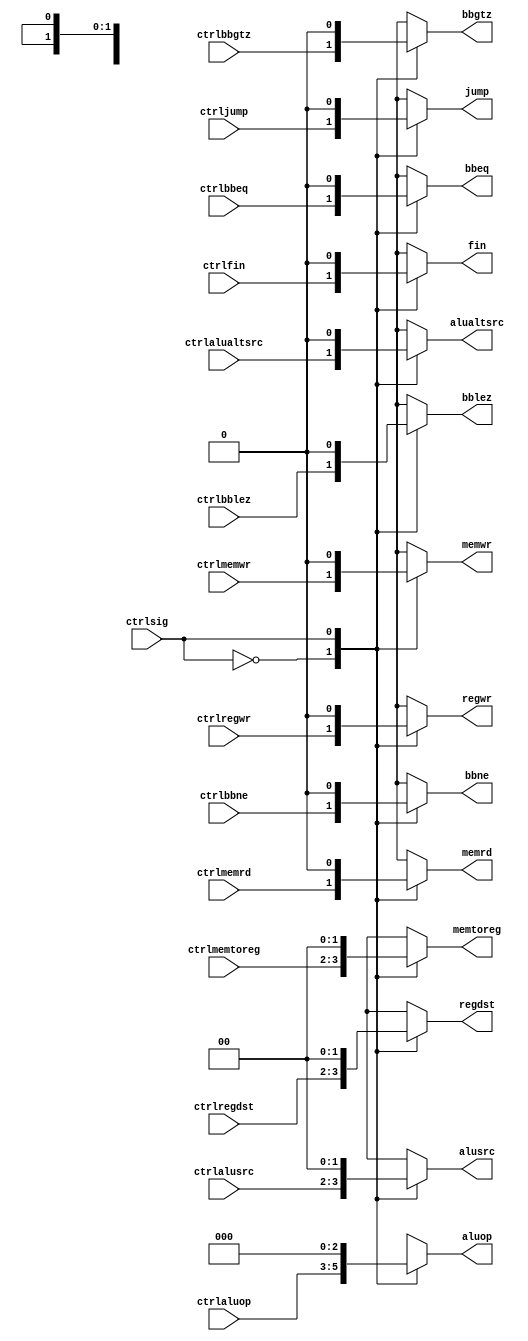
/*
* Function: this mux is placed between ID/EX pipeline register and control
* unit. The select pin is controled by hazard detection unit, by asserting
* and deasserting the select pin, the hazard detection unit can choose
* to use control signals produced by control unit, if everything is normal,
* or a NOP operation, if a bubble is required, insert a bubble will delay
* current instruction execution by 1 clock cycle.
* code | meaning
* 0    | use control signals from control unit
* 1    | use NOP operation
* 
* the select pin's name is CtrlSig.
*/

module ctrlsigmux ( input wire ctrlsig,
                    input wire ctrlalualtsrc,
                    input wire [1:0] ctrlalusrc,
                    input wire [1:0] ctrlregdst,
                    input wire [2:0] ctrlaluop,
                    input wire ctrlmemwr,
                    input wire ctrlmemrd,
                    input wire ctrlbbne,
                    input wire ctrlbbeq,
                    input wire ctrlbblez,
                    input wire ctrlbbgtz,
                    input wire ctrljump,
                    input wire [1:0] ctrlmemtoreg,
                    input wire ctrlregwr,
                    input wire ctrlfin,
                    output reg alualtsrc,
                    output reg [1:0] alusrc,
                    output reg [1:0] regdst,
                    output reg [2:0] aluop,
                    output reg memwr,
                    output reg memrd,
                    output reg bbne,
                    output reg bbeq,
                    output reg bblez,
                    output reg bbgtz,
                    output reg jump,
                    output reg [1:0] memtoreg,
                    output reg regwr,
                    output reg fin );

always @(*) begin
    case (ctrlsig)
        1'b0: begin
                alualtsrc = ctrlalualtsrc;
                alusrc = ctrlalusrc;
                regdst = ctrlregdst;
                aluop = ctrlaluop;
                memwr = ctrlmemwr;
                memrd = ctrlmemrd;
                bbne = ctrlbbne;
                bbeq = ctrlbbeq;
                bblez = ctrlbblez;
                bbgtz = ctrlbbgtz;
                jump = ctrljump;
                memtoreg = ctrlmemtoreg;
                regwr = ctrlregwr;
                fin = ctrlfin;
              end
        1'b1: begin
                alualtsrc = 1'b0;
                alusrc = 2'b00;
                regdst = 2'b00;
                aluop = 3'b000;
                memwr = 1'b0;
                memrd = 1'b0;
                bbne = 1'b0;
                bbeq = 1'b0;
                bblez = 1'b0;
                bbgtz = 1'b0;
                jump = 1'b0;
                memtoreg = 2'b00;
                regwr = 1'b0;
                fin = 1'b0;
              end
    endcase
end

endmodule